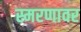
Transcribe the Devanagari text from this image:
स्मरणावर